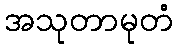
အသုတာမုတံ